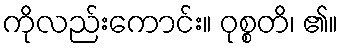
ကိုလည်းကောင်း။ ဝုစ္စတိ၊ ၏။